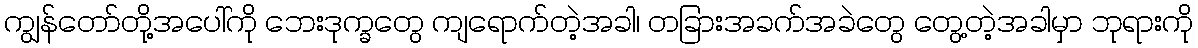
ကျွန်တော်တို့အပေါ်ကို ဘေးဒုက္ခတွေ ကျရောက်တဲ့အခါ၊ တခြားအခက်အခဲတွေ တွေ့တဲ့အခါမှာ ဘုရားကို